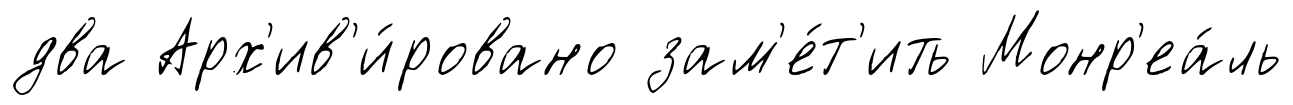
два Арх'ив'и́ровано зам'е́т'ить Монр'еа́ль